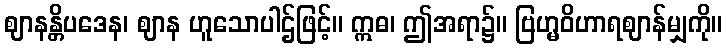
ဈာနန္တိပဒေန၊ ဈာန ဟူသောပါဌ်ဖြင့်။ ဣဓ၊ ဤအရာ၌။ ဗြဟ္မဝိဟာရဈာန်မျှကို။